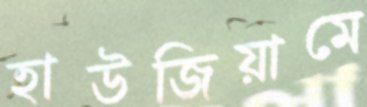
হাউজিয়ামে